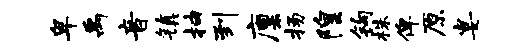
卑禹音镇抽到廪扬隍钩株俾原宴